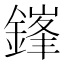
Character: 鎽